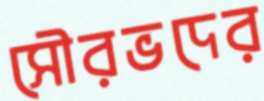
সৌরভদের